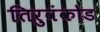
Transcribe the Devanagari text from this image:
तिरुवंकोड